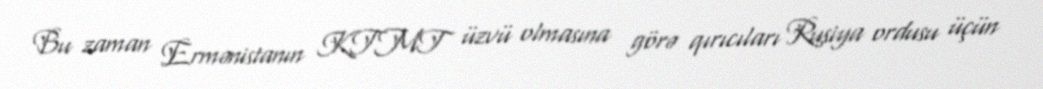
Bu zaman Ermənistanın KTMT üzvü olmasına görə qırıcıları Rusiya ordusu üçün